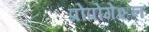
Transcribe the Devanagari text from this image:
प्रोपोगेशन